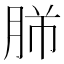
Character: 𦚿